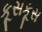
કૂસકૂસ